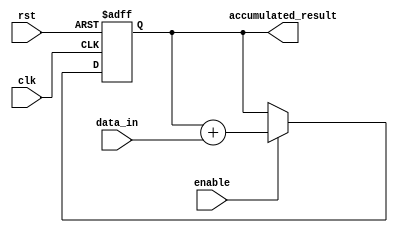
module Accumulator (
    input wire clk,
    input wire rst,
    input wire [7:0] data_in,
    input wire enable,
    output reg [15:0] accumulated_result
);

reg [15:0] accumulator_reg;

always @(posedge clk or posedge rst) begin
    if (rst) begin
        accumulator_reg <= 16'h0000;
    end else begin
        if (enable) begin
            accumulator_reg <= accumulator_reg + data_in;
        end
    end
end

assign accumulated_result = accumulator_reg;

endmodule